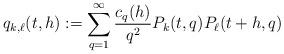
LaTeX: \begin{align*} q_{k,\ell}(t,h) := \sum_{q=1}^{\infty} \frac{c_q(h)}{q^2} P_k(t,q) P_{\ell}(t+h,q)\end{align*}